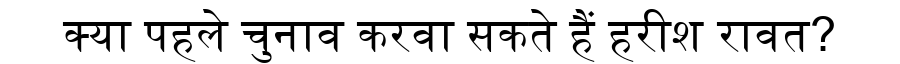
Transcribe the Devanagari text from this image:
क्या पहले चुनाव करवा सकते हैं हरीश रावत?